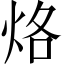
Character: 烙